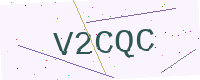
Text: V2CQC